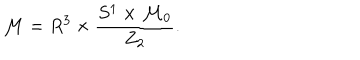
{ \cal M } = R ^ { 3 } \times \frac { S ^ { 1 } \times { \cal M } _ { 0 } } { Z _ { 2 } } .